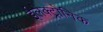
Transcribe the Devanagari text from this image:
ईलेक्ट्रोनिक